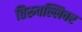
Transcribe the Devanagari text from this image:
तिरुवल्लिवर